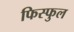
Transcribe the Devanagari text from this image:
फिस्फुल